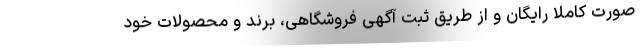
صورت کاملا رایگان و از طریق ثبت آگهی فروشگاهی، برند و محصولات خود